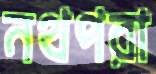
নথপরা